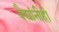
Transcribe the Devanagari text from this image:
वैद्यांनीही